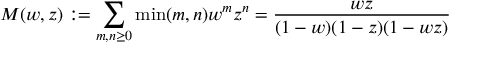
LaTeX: M ( w , z ) : = \sum _ { m , n \geq 0 } \operatorname* { m i n } ( m , n ) w ^ { m } z ^ { n } = { \frac { w z } { ( 1 - w ) ( 1 - z ) ( 1 - w z ) } }